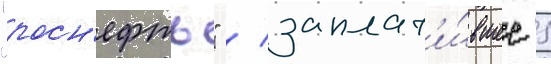
"росн'ефть" / заплат'и́вшее 5